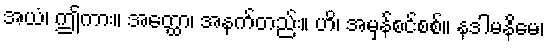
အယံ၊ ဤကား။ အတ္ထော၊ အနက်တည်း။ ဟိ၊ အမှန်စင်စစ်။ နဒါမနိမေ၊